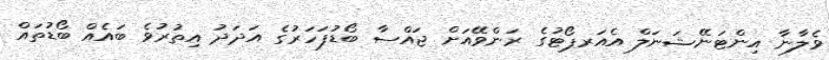
ވެލާނާ އިންޓަނޭޝަނަލް އެއަރޕޯޓުގެ ރަންވޭއަށް ޖައްސާ ބޯޑުފަހަރުގެ އަދަދު އިތުރުވެ ބައެއް ބޯޑުތައް